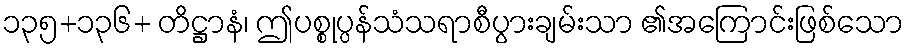
၁၃၅+၁၃၆+ တိဋ္ဌာနံ၊ ဤပစ္စုပ္ပန်သံသရာစီပွားချမ်းသာ ၏အကြောင်းဖြစ်သော